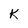
Character: K